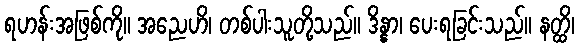
ရဟန်းအဖြစ်ကို။ အညေဟိ၊ တစ်ပါးသူတို့သည်။ ဒိန္နာ၊ ပေးရခြင်းသည်။ နတ္ထိ၊